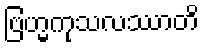
ဗြဟ္မကုသလဿာတိ